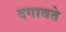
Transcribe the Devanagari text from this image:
दगावते